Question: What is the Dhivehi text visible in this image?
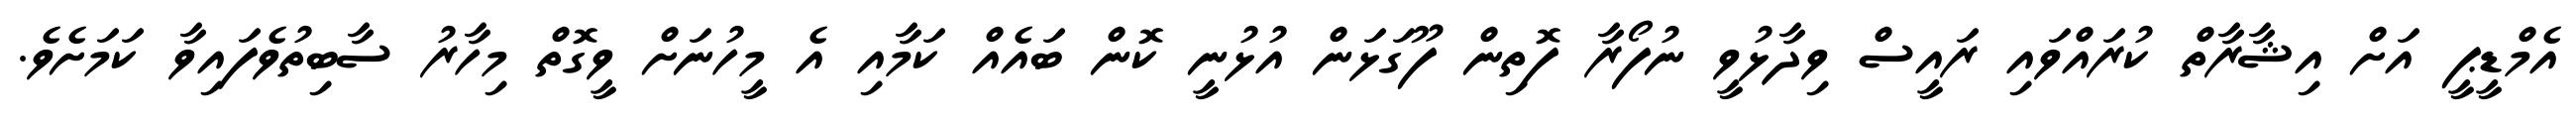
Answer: އެމްޑީޕީ އަށް އިޝާރާތް ކުރައްވައި ރައީސް ވިދާޅުވީ ނުފޯރާ ފޮތިން ފޫގަޅަން އުޅުނީ ކޮން ބައެއް ކަމާއި އެ މީހުނަށް ވީގޮތް މިހާރު ސާބިތުވެފައިވާ ކަމަށެވެ.